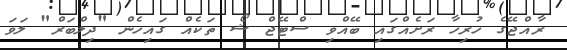
ރާއްޖޭގެ ހުރިހާ ރަށެއްގައި ބޭއްވި ސްޓޭޖް ޝޯ ތަކެއް ގައިހެން "ދިލްބަރް" ލަވަ